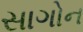
સાગોન